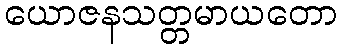
ယောဇနသတ္တမာယတော